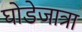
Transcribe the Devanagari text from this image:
घोडेजात्रा